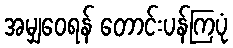
အမျှဝေရန် တောင်းပန်ကြပုံ